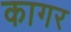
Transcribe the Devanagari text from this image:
कागर